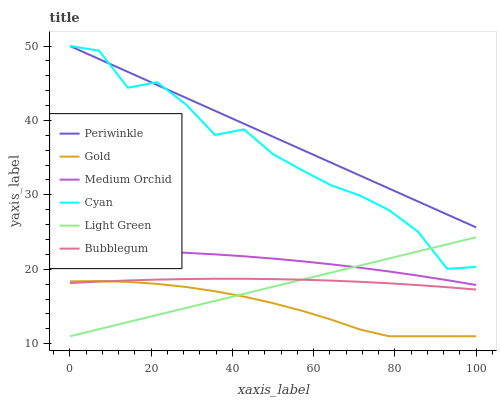
| xaxis_label | Periwinkle | Gold | Medium Orchid | Cyan | Light Green | Bubblegum |
 | --- | --- | --- | --- | --- | --- | --- |
 | 0 | 50 | 18.4 | 22.6 | 50 | 11 | 18.1 |
 | 7.14 | 48.3 | 18.4 | 22.5 | 49.4 | 12 | 18.3 |
 | 14.3 | 46.5 | 18.3 | 22.5 | 44.4 | 12.9 | 18.5 |
 | 21.4 | 44.8 | 18 | 22.4 | 45.1 | 13.9 | 18.6 |
 | 28.6 | 43 | 17.6 | 22.2 | 42.1 | 14.8 | 18.7 |
 | 35.7 | 41.3 | 17 | 22 | 38.1 | 15.8 | 18.7 |
 | 42.9 | 39.6 | 16.3 | 21.7 | 38.8 | 16.7 | 18.7 |
 | 50 | 37.8 | 15.4 | 21.4 | 35.5 | 17.7 | 18.7 |
 | 57.1 | 36.1 | 14.4 | 21.1 | 33.3 | 18.6 | 18.6 |
 | 64.3 | 34.3 | 13.2 | 20.7 | 31.3 | 19.6 | 18.5 |
 | 71.4 | 32.6 | 11.9 | 20.2 | 29.9 | 20.5 | 18.3 |
 | 78.6 | 30.8 | 11 | 19.7 | 27.9 | 21.5 | 18.1 |
 | 85.7 | 29.1 | 11 | 19.1 | 25 | 22.4 | 17.9 |
 | 92.9 | 27.4 | 11 | 18.5 | 20.1 | 23.4 | 17.6 |
 | 100 | 25.6 | 11 | 17.9 | 20.3 | 24.3 | 17.3 |